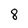
Character: 8